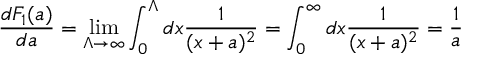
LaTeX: \frac { d F _ { 1 } ( a ) } { d a } = \operatorname * { l i m } _ { \Lambda \rightarrow \infty } \int _ { 0 } ^ { \Lambda } d x \frac 1 { ( x + a ) ^ { 2 } } = \int _ { 0 } ^ { \infty } d x \frac 1 { ( x + a ) ^ { 2 } } = \frac 1 a